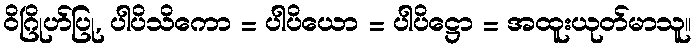
ဝိဂြိုဟ်ပြု, ပါပိသိကော = ပါပိယော = ပါပိဋ္ဌော = အထူးယုတ်မာသူ။